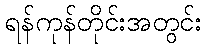
ရန်ကုန်တိုင်းအတွင်း